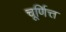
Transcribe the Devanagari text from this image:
चूर्णित्त